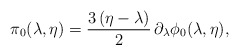
\begin{align*}\pi_0(\lambda,\eta) = {3\,(\eta - \lambda)\over 2}\,\partial_{\lambda}\phi_0(\lambda,\eta ) ,\end{align*}